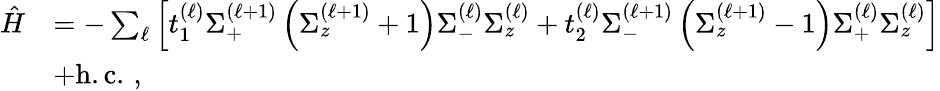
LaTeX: \begin{array}{rl}{\hat{H}}&{=-\sum_{\ell}\left[t_{1}^{(\ell)}\Sigma_{+}^{\left(\ell+1\right)}\left(\Sigma_{z}^{\left(\ell+1\right)}+1\right)\Sigma_{-}^{\left(\ell\right)}\Sigma_{z}^{\left(\ell\right)}+t_{2}^{(\ell)}\Sigma_{-}^{\left(\ell+1\right)}\left(\Sigma_{z}^{\left(\ell+1\right)}-1\right)\Sigma_{+}^{\left(\ell\right)}\Sigma_{z}^{\left(\ell\right)}\right]}\\ &{+\mathrm{h.c.}\, \, ,}\end{array}